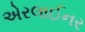
એરલાઈનર